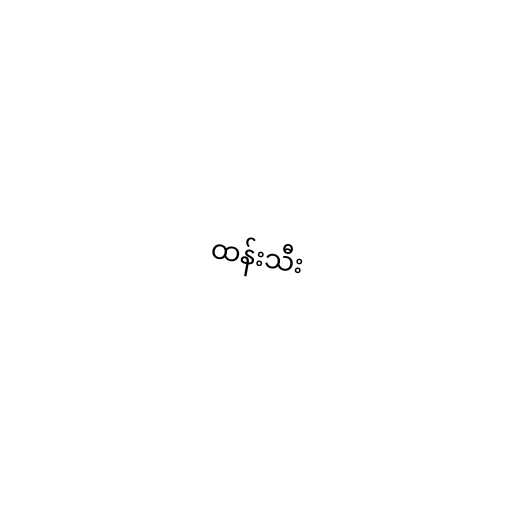
ထန်းသီး